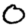
Digit: 0